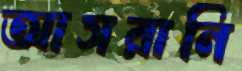
আসরানি